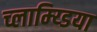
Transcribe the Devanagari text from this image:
च्लाम्य्डिया